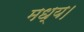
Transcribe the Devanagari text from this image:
मध्य।